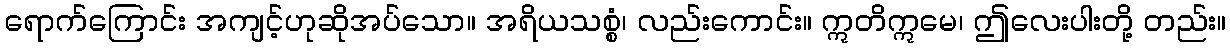
ရောက်ကြောင်း အကျင့်ဟုဆိုအပ်သော။ အရိယသစ္စံ၊ လည်းကောင်း။ ဣတိဣမေ၊ ဤလေးပါးတို့ တည်း။